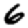
Digit: 6